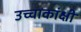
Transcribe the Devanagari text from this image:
उच्चाकांक्षी